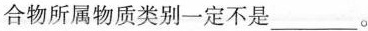
合物所属物质类别一定不是___。